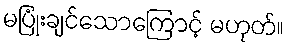
မပြုံးချင်သောကြောင့် မဟုတ်။